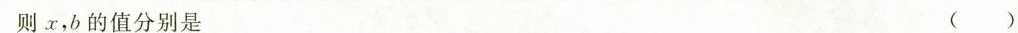
则x，b的值分别是 ()